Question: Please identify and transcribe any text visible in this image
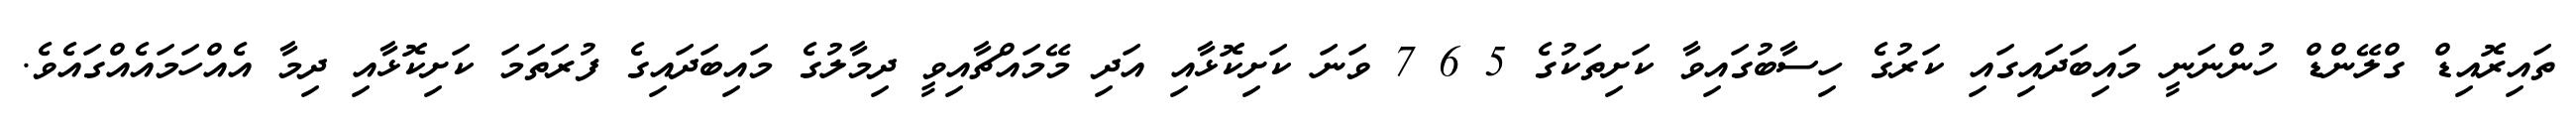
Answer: ތައިރޮއިޑް ގްލޭންޑް ހުންނަނީ މައިބަދައިގައި ކަރުގެ ހިސާބުގައިވާ ކަށިތަކުގެ 5 6 7 ވަނަ ކަށިކޮޅާއި އަދި މޭމައްޗާއިވީ ދިމާލުގެ މައިބަދައިގެ ފުރަތަމަ ކަށިކޮޅާއި ދިމާ އެއްހަމައެއްގައެވެ.